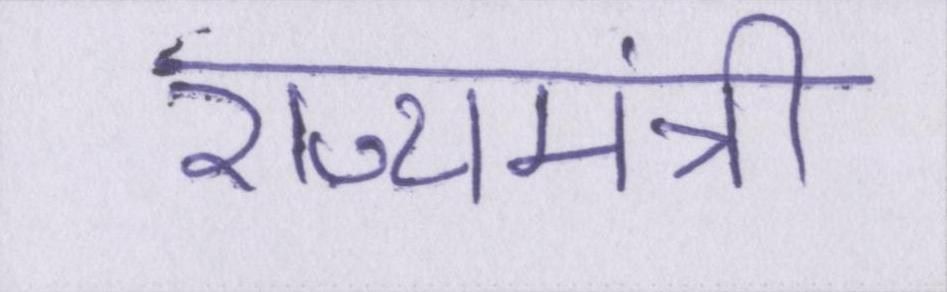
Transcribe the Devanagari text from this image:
राज्यमंत्री